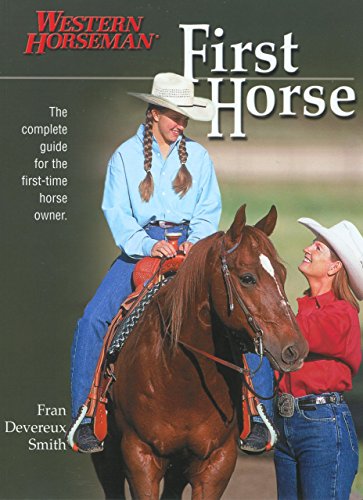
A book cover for First Horse: The Complete Guide for the First-Time Horse Owner; Fran Smith; Crafts, Hobbies & Home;